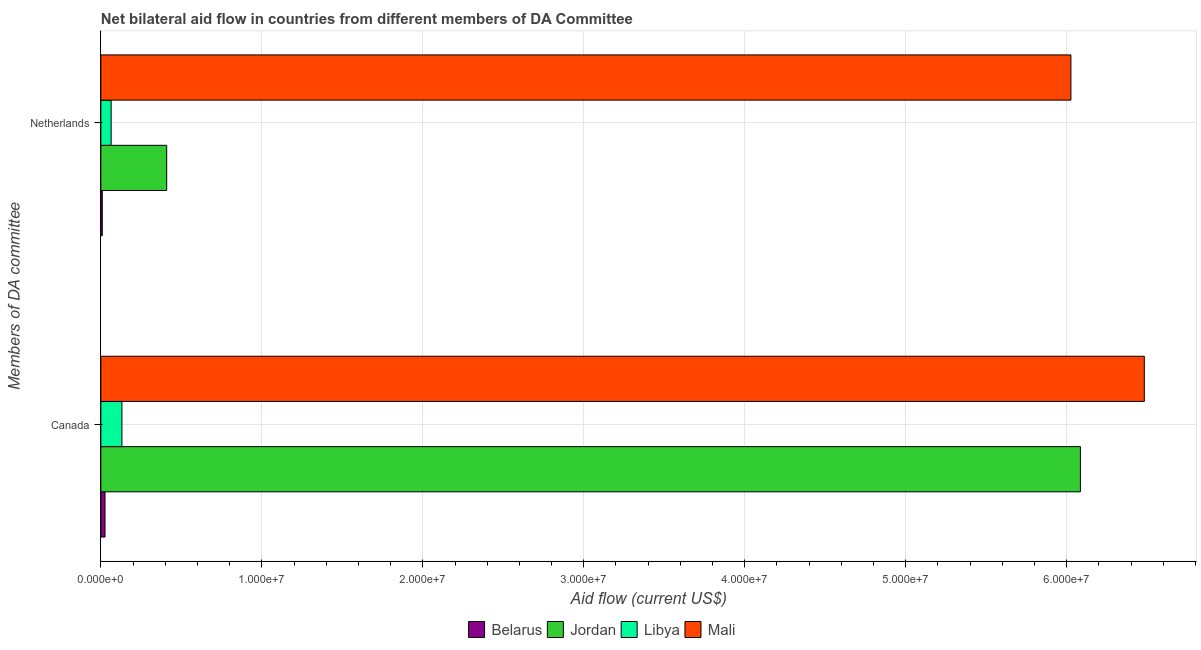
| Members of DA committee | Belarus | Jordan | Libya | Mali |
 | --- | --- | --- | --- | --- |
 | Canada | 2.6e+05 | 6.08e+07 | 1.31e+06 | 6.48e+07 |
 | Netherlands | 9e+04 | 4.09e+06 | 6.4e+05 | 6.03e+07 |